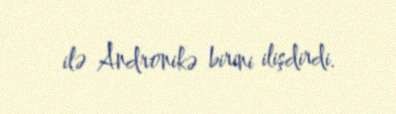
ilə Andronikə birini ilişdirdi.